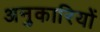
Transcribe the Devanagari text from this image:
अनुकारियों